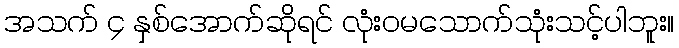
အသက် ၄ နှစ်အောက်ဆိုရင် လုံးဝမသောက်သုံးသင့်ပါဘူး။